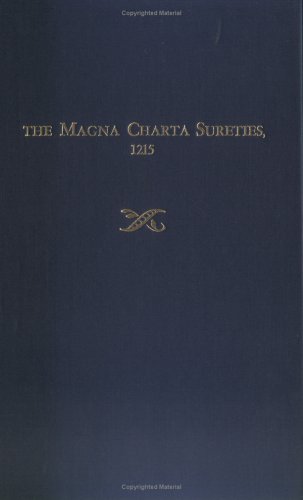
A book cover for The Magna Charta Sureties, 1215: The Barons Named in the Magna Charta, 1215, and Some of Their Descendants Who Settled in America During the Early Colonial Years; Frederick Lewis Weis; Reference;